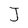
Character: J